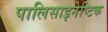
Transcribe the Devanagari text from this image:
पालिसाइनेप्टिक